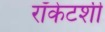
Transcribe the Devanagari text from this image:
रॉकेटशी